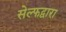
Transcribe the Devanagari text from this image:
सेल्फद्वारा